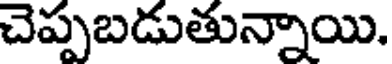
చెప్పబడుతున్నాయి.